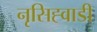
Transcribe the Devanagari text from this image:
नृसिह्वाडी